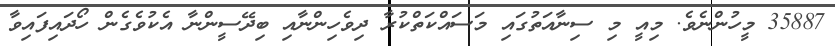
35887 މީހުންނެވެ. މިއީ މި ސިނާއަތުގައި މަސައްކަތްކުރާ ދިވެހިންނާއި ބިދޭސީންނާ އެކުވެގެން ހޯދައިފައިވާ